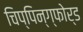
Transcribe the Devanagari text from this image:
चिप्पिन्ग्फोर्ड